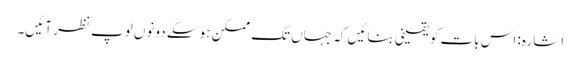
اشارہ: اس بات کو یقینی بنائیں کہ جہاں تک ممکن ہو سکے دونوں لوپ نظر آئیں۔